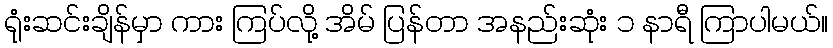
ရုံးဆင်းချိန်မှာ ကား ကြပ်လို့ အိမ် ပြန်တာ အနည်းဆုံး ၁ နာရီ ကြာပါမယ်။